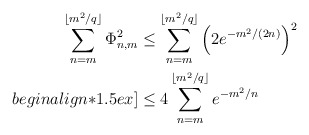
\begin{align*} \sum_{n=m}^{\lfloor m^2/q \rfloor} \Phi_{n,m}^2 & \leq \sum_{n=m}^{\lfloor m^2/q \rfloor} \left( 2 e^{-m^2/(2n)} \right)^2 \\begin{align*}1.5ex]& \leq 4 \sum_{n=m}^{\lfloor m^2/q \rfloor} e^{-m^2/n} \end{align*}